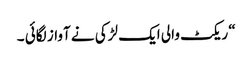
“ ریکٹ والی ایک لڑکی نے آواز لگائی ۔